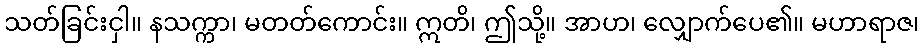
သတ်ခြင်းငှါ။ နသက္ကာ၊ မတတ်ကောင်း။ ဣတိ၊ ဤသို့။ အာဟ၊ လျှောက်ပေ၏။ မဟာရာဇ၊